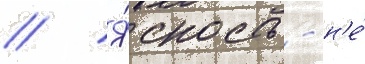
// Я́сность - н'е́